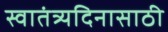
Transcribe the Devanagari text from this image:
स्वातंत्र्यदिनासाठी